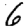
Digit: 6